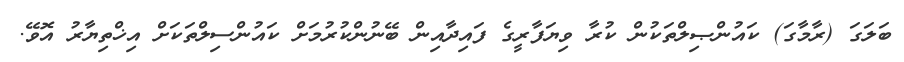
ބަލަގަ (ރާމާގަ) ކައުންޞިލްތަކުން ކުރާ ވިޔަފާރީގެ ފައިދާއިން ބޭނުންކުރުމަށް ކައުންސިލްތަކަށް އިޚްތިޔާރު އޮވޭ.